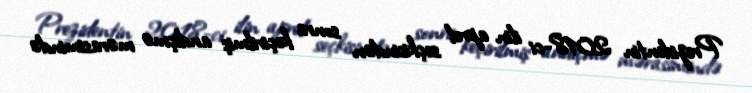
Prezidentin 2018-ci ilin aprel seçkisindən sonra keçirilmiş andiçmə mərasimində